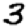
Digit: 3